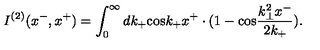
I ^ { ( 2 ) } ( x ^ { - } , x ^ { + } ) = \int _ { 0 } ^ { \infty } d k _ { + } \mathrm { c o s } k _ { + } x ^ { + } \cdot ( 1 - \mathrm { c o s } \frac { k _ { \bot } ^ { 2 } x ^ { - } } { 2 k _ { + } } ) .